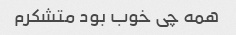
همه چی خوب بود متشکرم